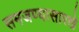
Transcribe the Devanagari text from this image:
समजण्यासारखे